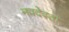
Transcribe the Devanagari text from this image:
नवदेवता